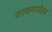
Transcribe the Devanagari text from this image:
सरकमपोलर